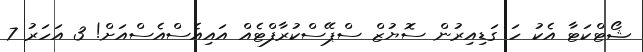
ޝޯޓްކަޓާ އެކު ހަ ގަޑިއިރުން ސޮޔުޒް ސްޕޭސްކުރާފްޓެއް އައިއެސްއެސްއަށް! 3 އަހަރު 7